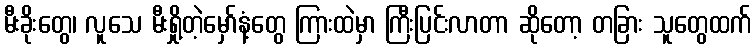
မီးခိုးတွေ၊ လူသေ မီးရှို့တဲ့မှော်နံ့တွေ ကြားထဲမှာ ကြီးပြင်းလာတာ ဆိုတော့ တခြား သူတွေထက်